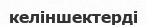
келіншектерді